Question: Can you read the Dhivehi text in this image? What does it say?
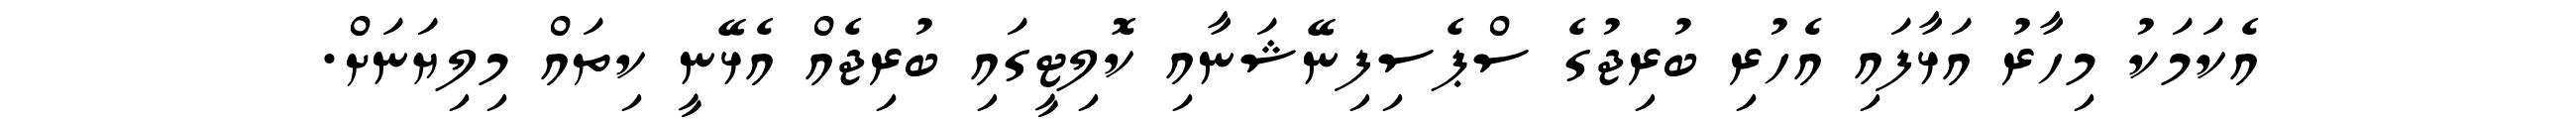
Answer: އެކަމަކު މިހާރު އަޅާފައި އެހުރި ބުރިޖުގެ ސްޕެސިފިނޭޝަނާއި ކޮލިޓީގައި ބުރިޖެއް އެޅޭނީ ކިތައް މިލިޔަނަށް.